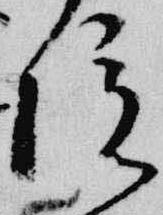
院